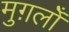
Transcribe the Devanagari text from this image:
मुग़लोँ